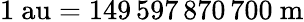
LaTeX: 1{\mathrm{~au}}=149\, 597\, 870\, 700{\mathrm{~m}}